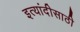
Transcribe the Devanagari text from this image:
इत्यांदीसाठी